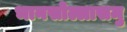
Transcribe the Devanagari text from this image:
भानसोल्लासमु